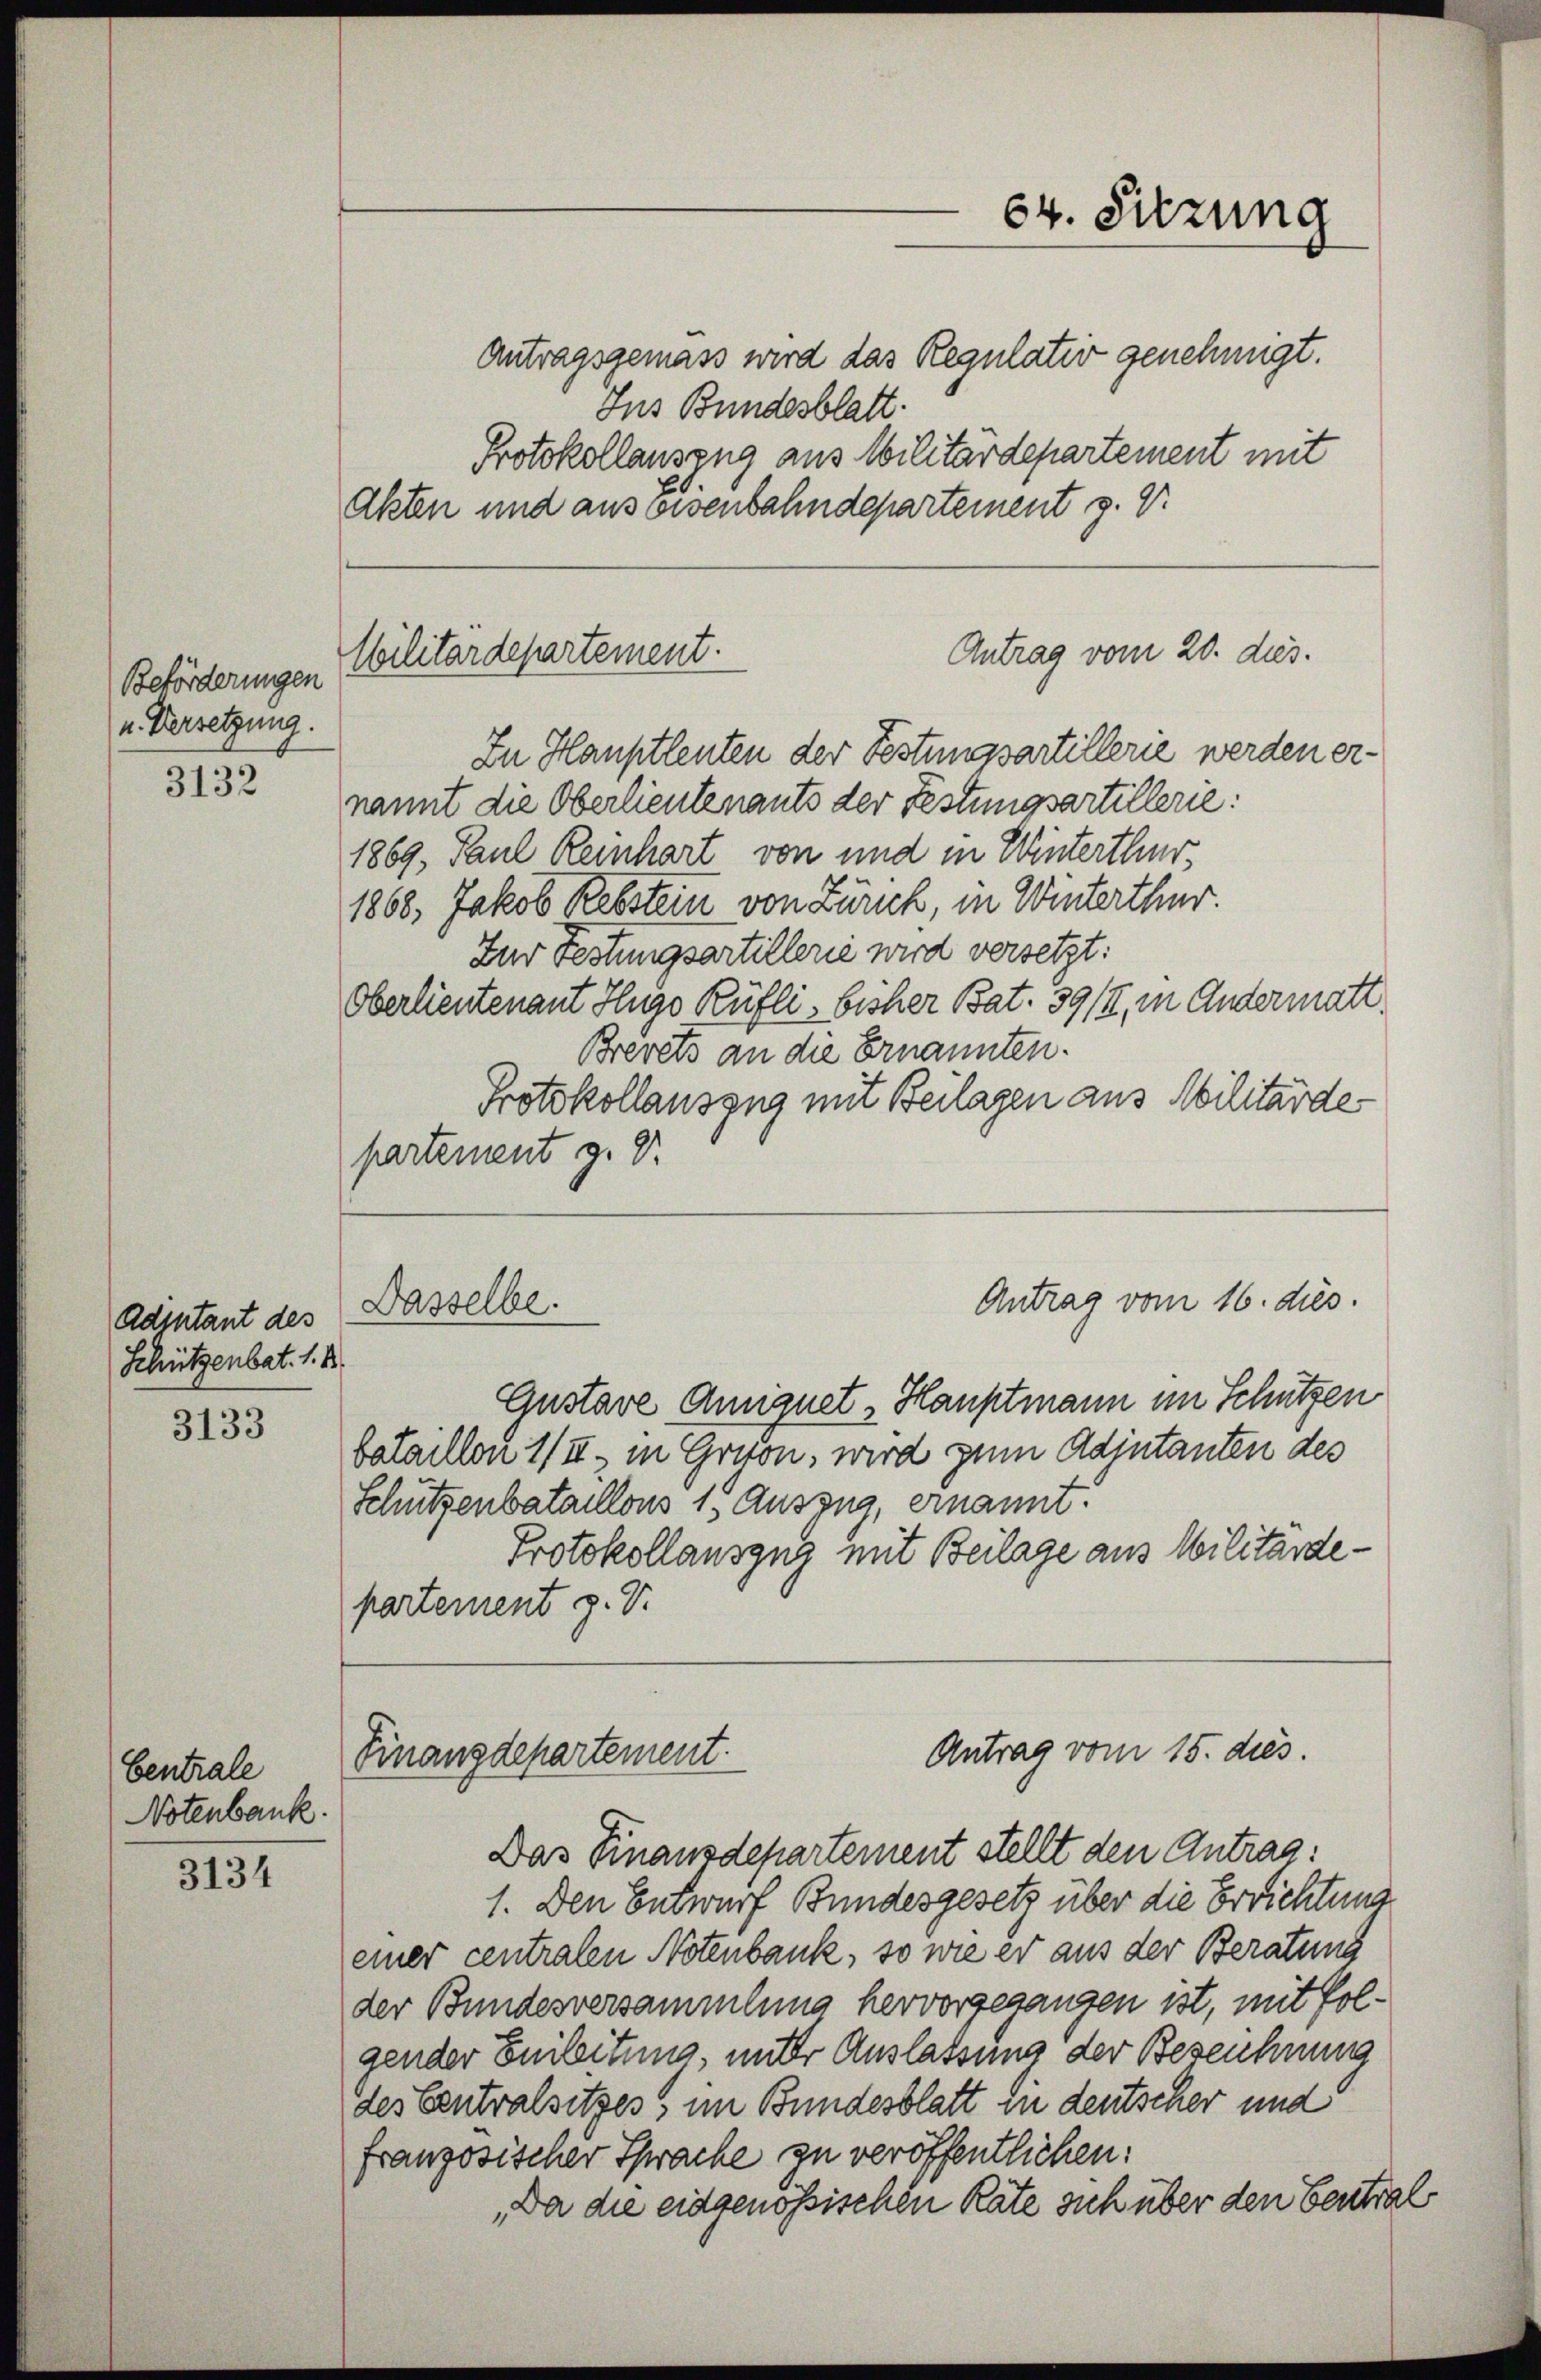
Beförderungen
u. Versetzung.

3132

Adjutant des
Schützenbat. 1. 1

3133

Centrale
Notenbank.

3134

Antragsgemäss wird das Regulation genehmigt.
Ins Bundesblatt.
Protokollauszug aus Militärdepartement mit
Akten und ausweisenbahndepartement z. B.

Militärdepartement.

In Hauptleuten der Festungsartillerie werden ernannt die Oberlieutenants der Festungsartillerie:
1869, Paul Reinhart von und in Winterthur,
1868, Jakob Rebstein von Zürich, in Winterthur.
Zur Festungsartillerie wird versetzt:
Oberlieutenant Hugo Rüfli, bisher Bat. 39/I, in Andermatt.
Brevets an die Ernannten.
Protokollauszug mit Beilagen aus Militärdepartement g. Dr

Dasselbe.

64. Sitzung

Antrag vom 20. dies.

Antrag vom 16. dies.

Antrag vom 15. dies.
Finanzdepartement.

Gustave Anniquet, Hauptmann im Schützen
bataillon 1/II, in Grion, wird zum Adjutanten des
Schützenbataillons 15 Auszug, ernannt:
Protokollauszug mit Beilage aus Militärdepartement z. B.

Das Finanzdepartement stellt den Antrag:
1. Den Entwurf Bundesgesetz über die Errichtung
einer centralen Notenbank, so wie er aus der Beratung
der Bundesversammlung hervorgegangen ist, mit Polgender Emileitung, miter Auslassung der Bezeichnung
des Centralsitzes, im Bundesblatt die deutscher und
französischer Sprache zu veröffentlichen:
„Da die eidgenössischen Räte sich über den Central